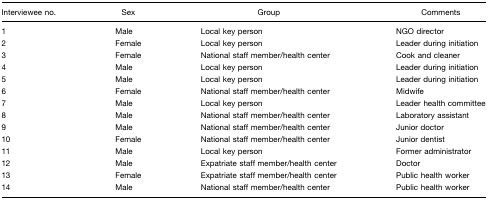
<table><thead><tr><td><b>Interviewee no.</b></td><td><b>Sex</b></td><td><b>Group</b></td><td><b>Comments</b></td></tr></thead><tbody><tr><td>1</td><td>Male</td><td>Local key person</td><td>NGO director</td></tr><tr><td>2</td><td>Female</td><td>Local key person</td><td>Leader during initiation</td></tr><tr><td>3</td><td>Female</td><td>National staff member/health center</td><td>Cook and cleaner</td></tr><tr><td>4</td><td>Male</td><td>Local key person</td><td>Leader during initiation</td></tr><tr><td>5</td><td>Male</td><td>Local key person</td><td>Leader during initiation</td></tr><tr><td>6</td><td>Female</td><td>National staff member/health center</td><td>Midwife</td></tr><tr><td>7</td><td>Male</td><td>Local key person</td><td>Leader health committee</td></tr><tr><td>8</td><td>Male</td><td>National staff member/health center</td><td>Laboratory assistant</td></tr><tr><td>9</td><td>Male</td><td>National staff member/health center</td><td>Junior doctor</td></tr><tr><td>10</td><td>Female</td><td>National staff member/health center</td><td>Junior dentist</td></tr><tr><td>11</td><td>Male</td><td>Local key person</td><td>Former administrator</td></tr><tr><td>12</td><td>Male</td><td>Expatriate staff member/health center</td><td>Doctor</td></tr><tr><td>13</td><td>Female</td><td>Expatriate staff member/health center</td><td>Public health worker</td></tr><tr><td>14</td><td>Male</td><td>National staff member/health center</td><td>Public health worker</td></tr></tbody></table>